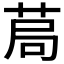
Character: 𦯃